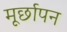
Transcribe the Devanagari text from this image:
मूर्छापन